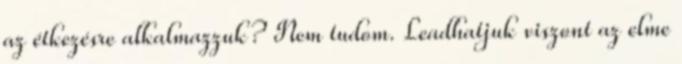
az étkezésre alkalmazzuk? Nem tudom. Leadhatjuk viszont az elme